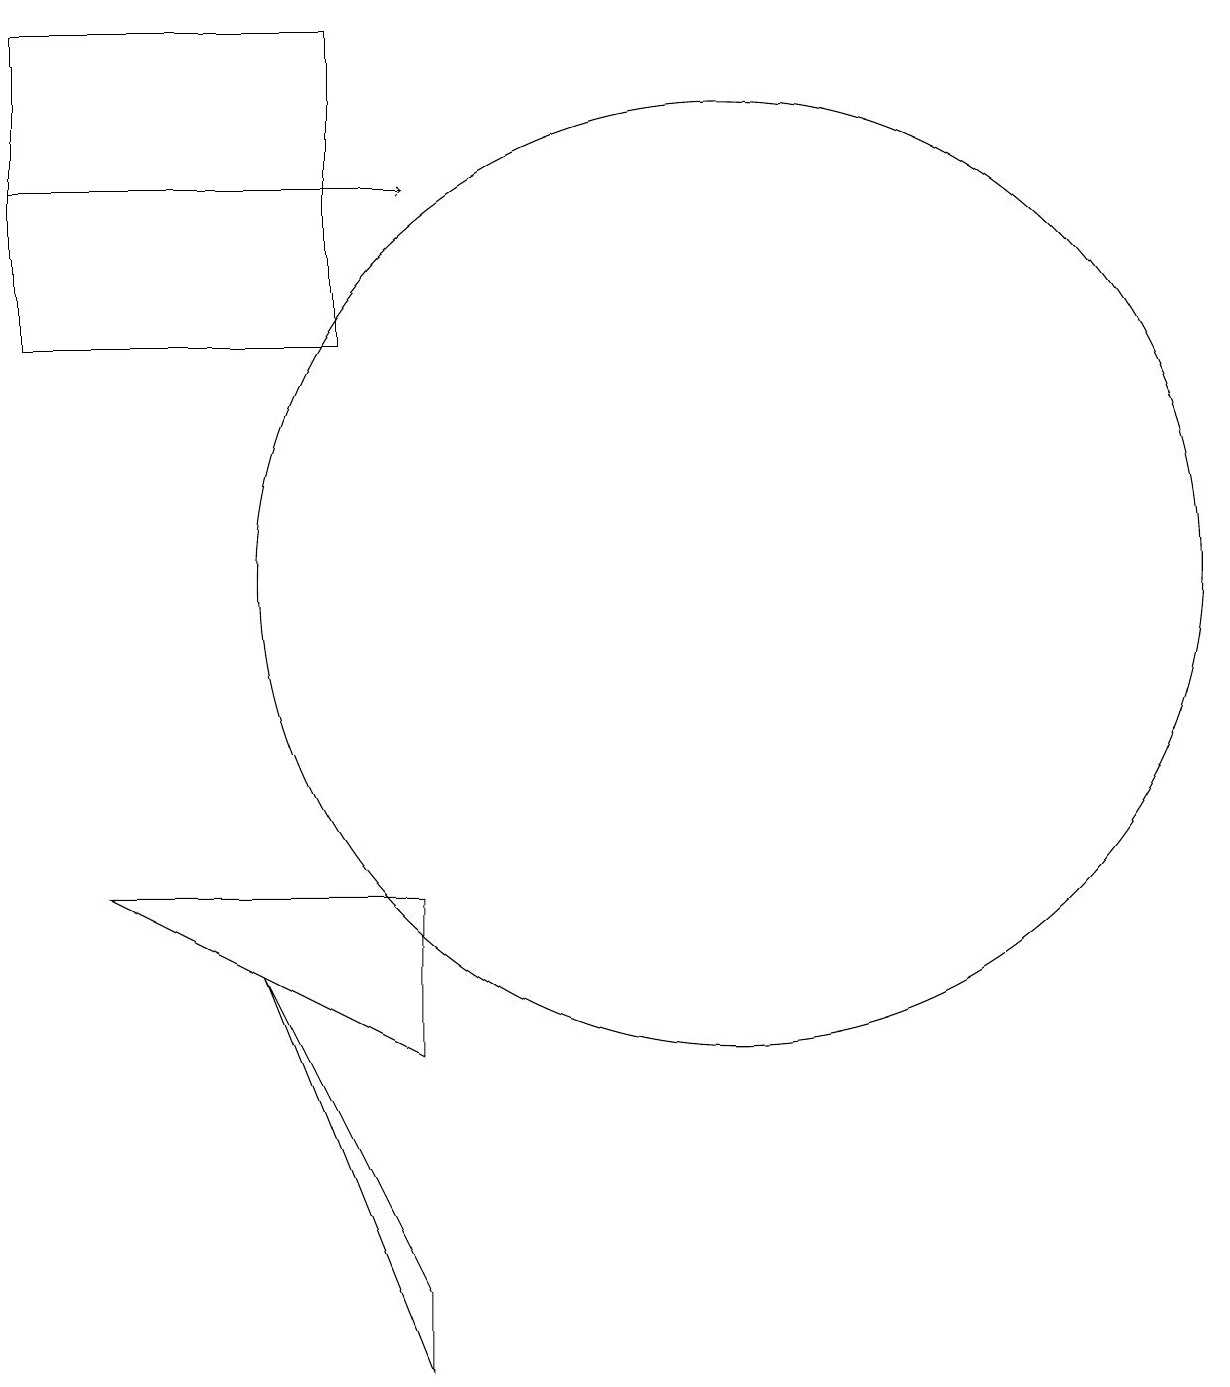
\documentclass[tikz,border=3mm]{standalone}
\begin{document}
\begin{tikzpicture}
\draw (6,3) -- (6,2) -- (4,7) -- cycle;
\draw (2,8) -- (6,6) -- (6,8) -- cycle;
\draw (1,15) rectangle (5,19);
\draw (10,12) circle (6);
\draw[->] (1,17) -- (6,17);
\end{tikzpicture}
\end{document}